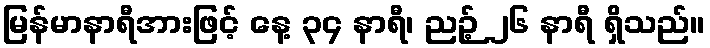
မြန်မာနာရီအားဖြင့် နေ့ ၃၄ နာရီ၊ ညဉ့် ၂၆ နာရီ ရှိသည်။